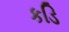
કડિ